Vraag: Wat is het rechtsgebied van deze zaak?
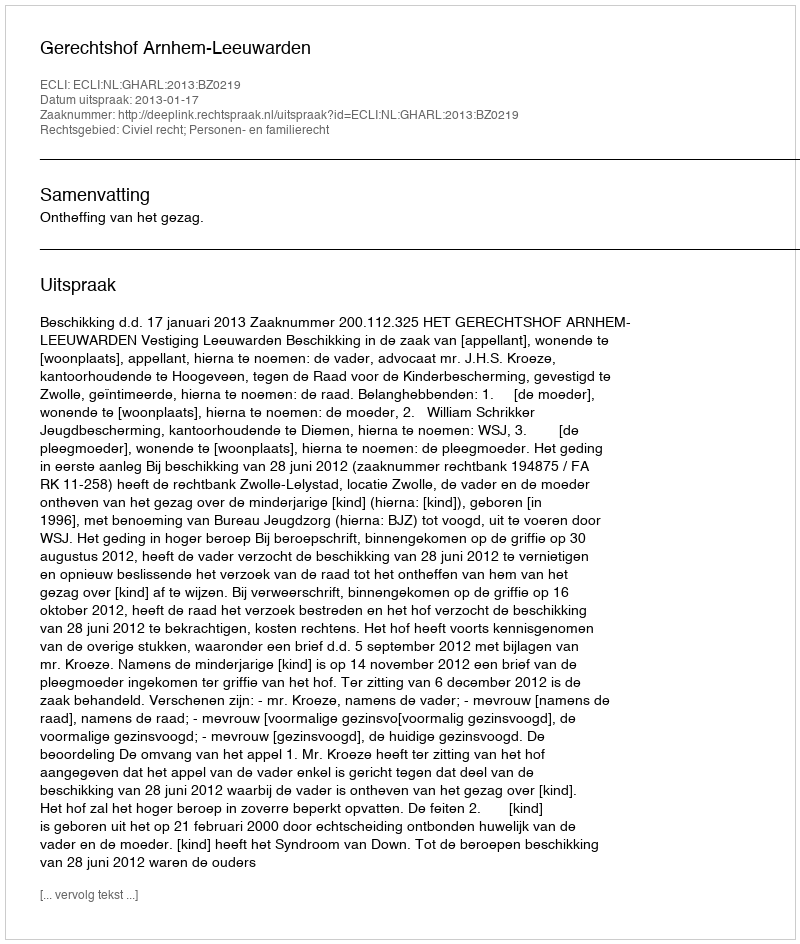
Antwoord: Civiel recht; Personen- en familierecht